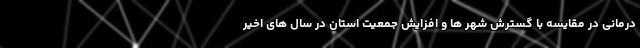
درمانی در مقایسه با گسترش شهر ها و افزایش جمعیت استان در سال های اخیر